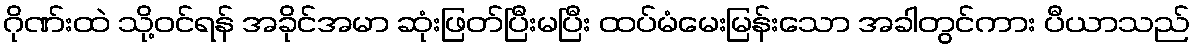
ဂိုဏ်းထဲ သို့ဝင်ရန် အခိုင်အမာ ဆုံးဖြတ်ပြီးမပြီး ထပ်မံမေးမြန်းသော အခါတွင်ကား ပီယာသည်